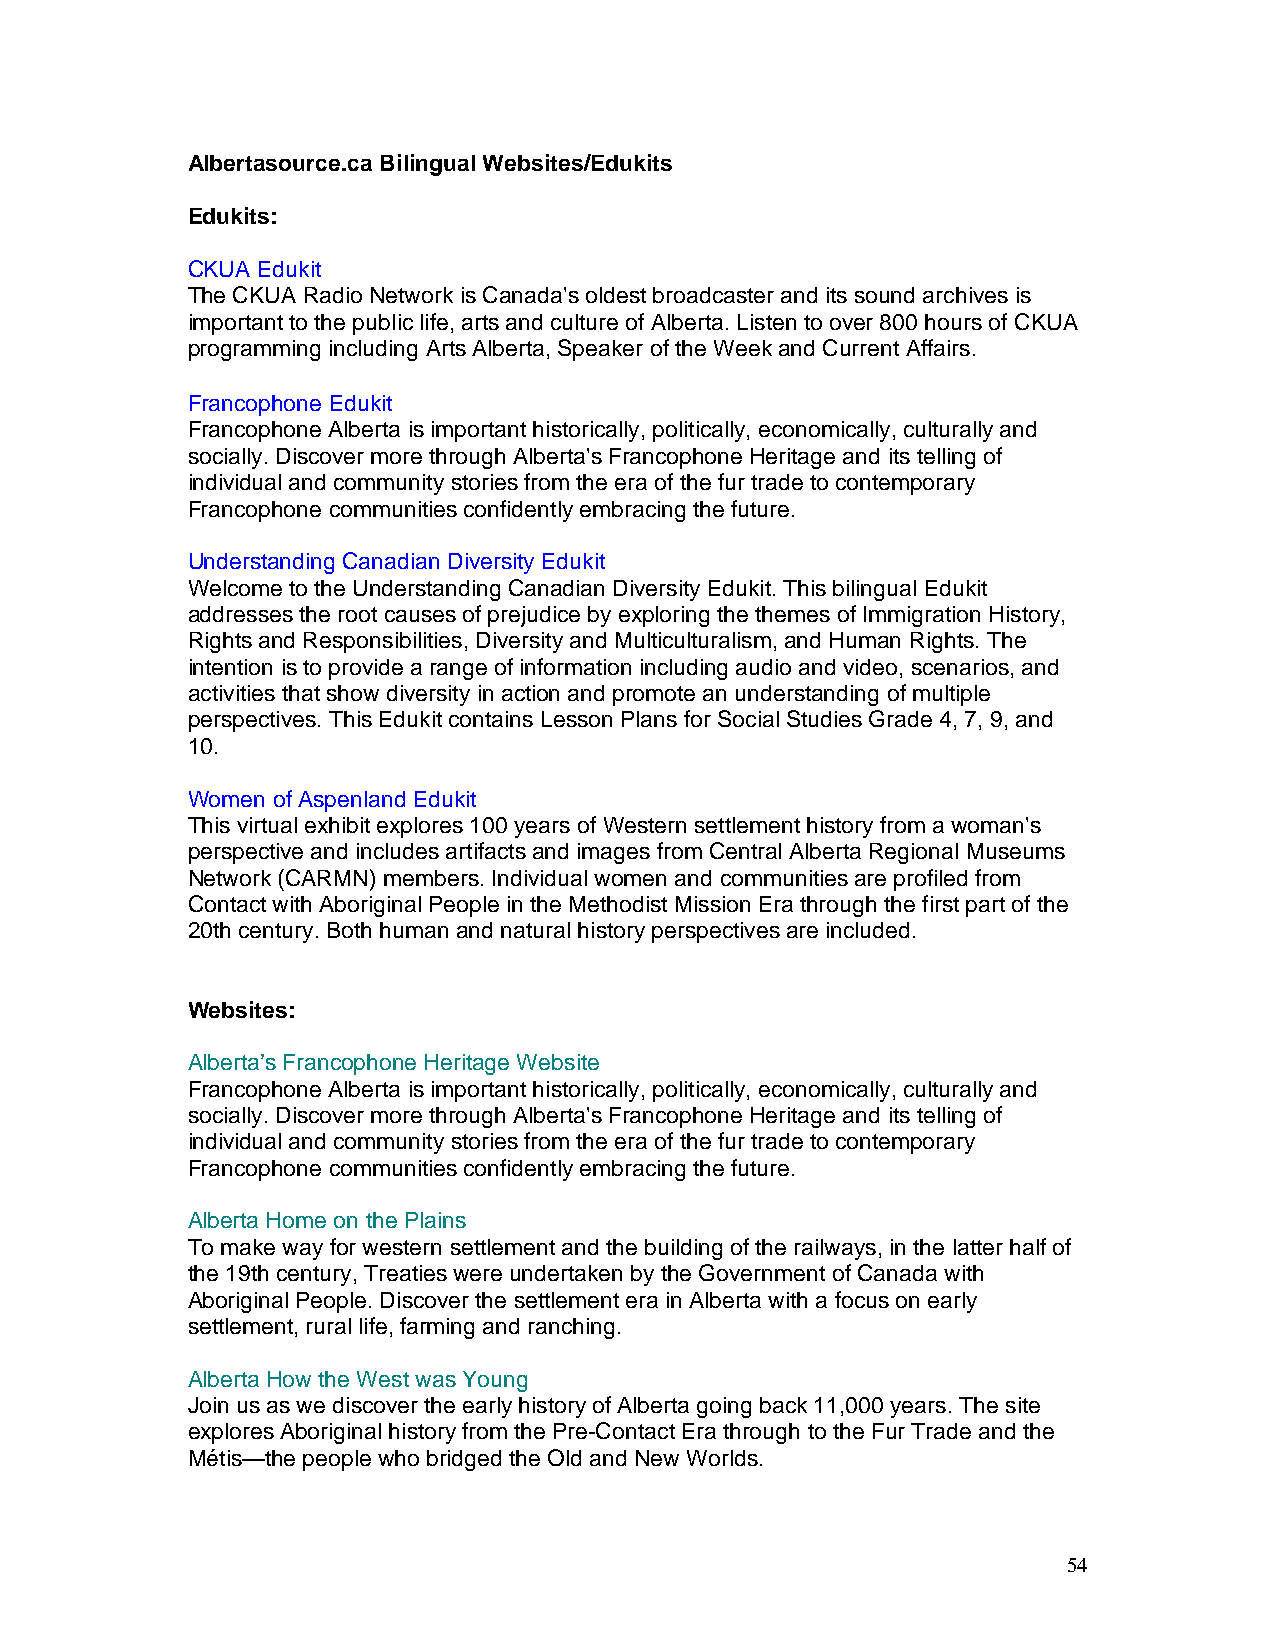
Albertasource.ca Bilingual Websites/Edukits
 Edukits:
 CKUA Edukit
 The CKUA Radio Network is Canada's oldest broadcaster and its sound archives is
 important to the public life, arts and culture of Alberta. Listen to over 800 hours of CKUA
 programming including Arts Alberta, Speaker of the Week and Current Affairs.
 Francophone Edukit
 Francophone Alberta is important historically, politically, economically, culturally and
 socially. Discover more through Alberta's Francophone Heritage and its telling of
 individual and community stories from the era of the fur trade to contemporary
 Francophone communities confidently embracing the future.
 Understanding Canadian Diversity Edukit
 Welcome to the Understanding Canadian Diversity Edukit. This bilingual Edukit
 addresses the root causes of prejudice by exploring the themes of Immigration History,
 Rights and Responsibilities, Diversity and Multiculturalism, and Human Rights. The
 intention is to provide a range of information including audio and video, scenarios, and
 activities that show diversity in action and promote an understanding of multiple
 perspectives. This Edukit contains Lesson Plans for Social Studies Grade 4, 7, 9, and
 10.
 Women of Aspenland Edukit
 This virtual exhibit explores 100 years of Western settlement history from a woman's
 perspective and includes artifacts and images from Central Alberta Regional Museums
 Network (CARMN) members. Individual women and communities are profiled from
 Contact with Aboriginal People in the Methodist Mission Era through the first part of the
 20th century. Both human and natural history perspectives are included.
 Websites:
 Alberta’s Francophone Heritage Website
 Francophone Alberta is important historically, politically, economically, culturally and
 socially. Discover more through Alberta's Francophone Heritage and its telling of
 individual and community stories from the era of the fur trade to contemporary
 Francophone communities confidently embracing the future.
 Alberta Home on the Plains
 To make way for western settlement and the building of the railways, in the latter half of
 the 19th century, Treaties were undertaken by the Government of Canada with
 Aboriginal People. Discover the settlement era in Alberta with a focus on early
 settlement, rural life, farming and ranching.
 Alberta How the West was Young
 Join us as we discover the early history of Alberta going back 11,000 years. The site
 explores Aboriginal history from the Pre-Contact Era through to the Fur Trade and the
 Métis—the people who bridged the Old and New Worlds.
 54